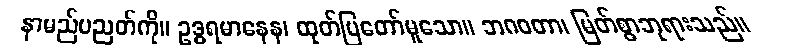
နာမည်ပညတ်ကို။ ဥဒ္ဓရမာနေန၊ ထုတ်ပြတော်မူသော။ ဘဂဝတာ၊ မြတ်စွာဘုရားသည်။